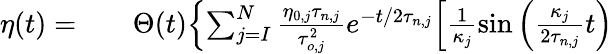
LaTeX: \begin{array}{rlr}{\eta(t)=}&{{}}&{\Theta(t)\Bigl\{ \sum_{j=I}^{N}\frac{\eta_{0,j}\tau_{n,j}}{\tau_{o,j}^{2}}e^{-t/2\tau_{n,j}}\Bigl[\frac{1}{\kappa_{j}}\sin{\Bigl(\frac{\kappa_{j}}{2\tau_{n,j}}t\Bigr)}}\end{array}